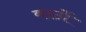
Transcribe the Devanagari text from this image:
काठों